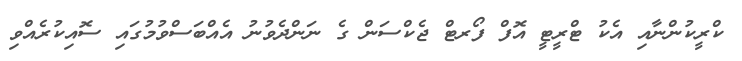
ކްރީކުންނާއި އެކު ޓްރީޓީ އޮފް ފޯރޓް ޖެކްސަން ގެ ނަންދެވުނު އެއްބަސްވުމުގައި ސޮއިކުރެއްވި